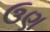
ઉણ